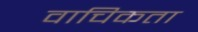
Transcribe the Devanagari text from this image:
वाचिकता